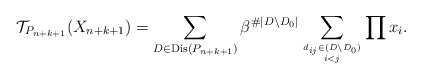
\begin{gather*} {\cal{T}}_{P_{n+k+1}}(X_{n+k+1}) = \sum_{D \in \operatorname{Dis}(P_{n+k+1})} \beta^{\#|D {\setminus} D_0|} \sum_{d_{ij} \in (D {\setminus} D_{0}) \atop i < j} \prod x_{i}. \end{gather*}